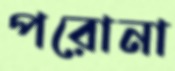
পরোনা